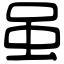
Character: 虽